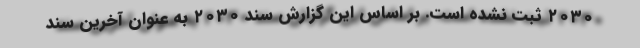
۲۰۳۰ ثبت نشده است. بر اساس این گزارش سند ۲۰۳۰ به‌ عنوان آخرین سند